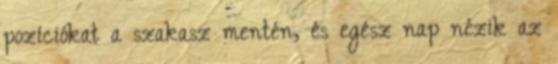
pozíciókat a szakasz mentén, és egész nap nézik az